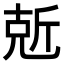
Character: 𠒙